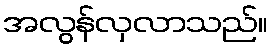
အလွန်လှလာသည်။